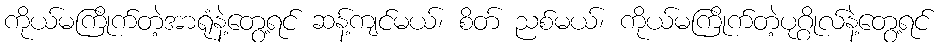
ကိုယ်မကြိုက်တဲ့အာရုံနဲ့တွေ့ရင် ဆန့်ကျင်မယ်၊ စိတ် ညစ်မယ်၊ ကိုယ်မကြိုက်တဲ့ပုဂ္ဂိုလ်နဲ့တွေ့ရင်